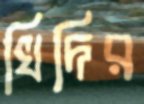
খিদির